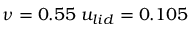
\nu = 0 . 5 5 \; u _ { l i d } = 0 . 1 0 5